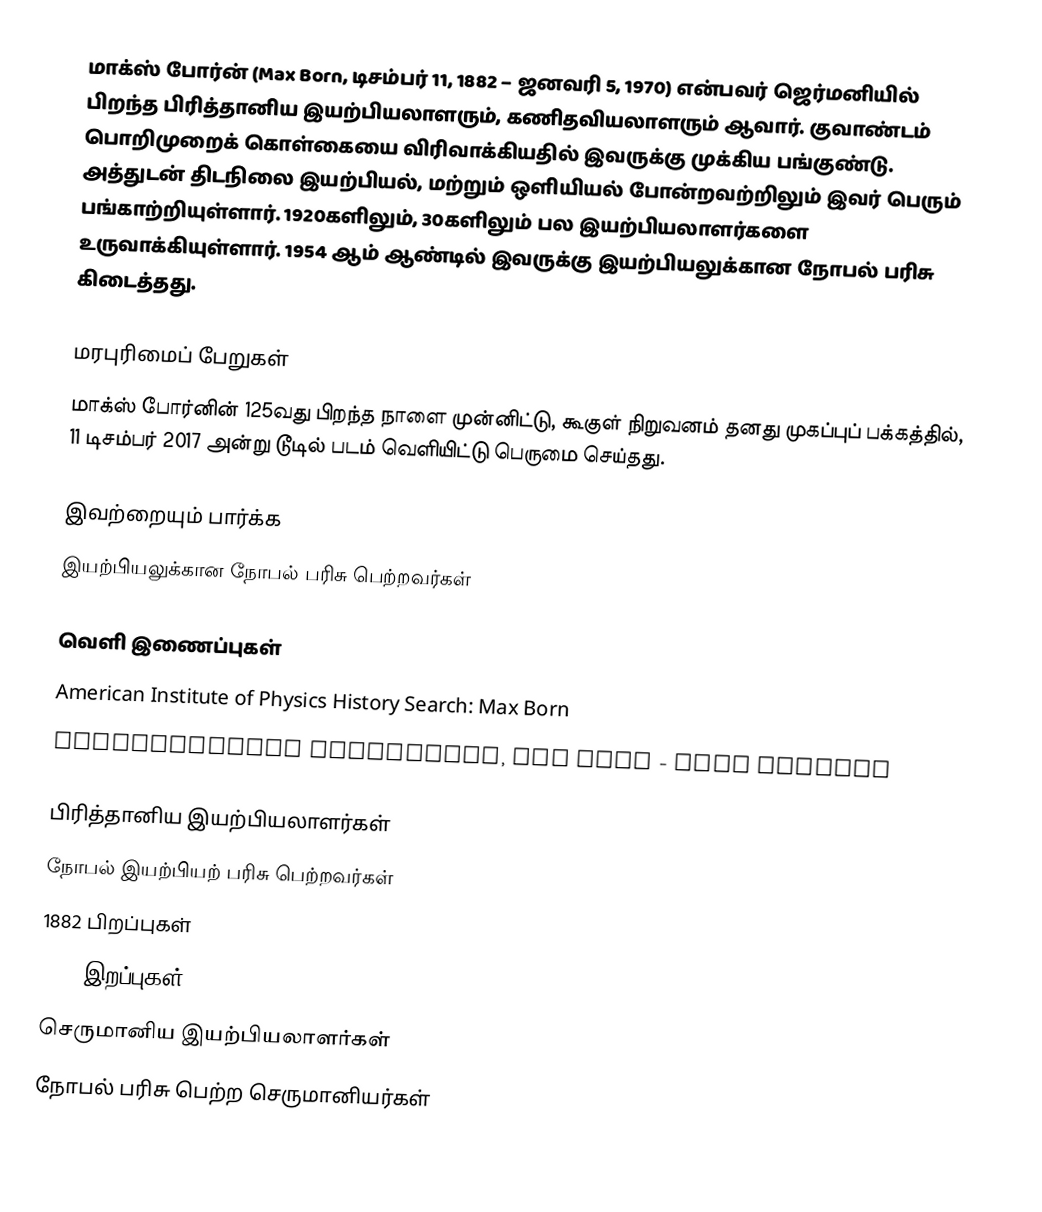
மாக்ஸ் போர்ன் (Max Born, டிசம்பர் 11, 1882 – ஜனவரி 5, 1970) என்பவர் ஜெர்மனியில் பிறந்த பிரித்தானிய இயற்பியலாளரும், கணிதவியலாளரும் ஆவார். குவாண்டம் பொறிமுறைக் கொள்கையை விரிவாக்கியதில் இவருக்கு முக்கிய பங்குண்டு. அத்துடன் திடநிலை இயற்பியல், மற்றும் ஒளியியல் போன்றவற்றிலும் இவர் பெரும் பங்காற்றியுள்ளார். 1920களிலும், 30களிலும் பல இயற்பியலாளர்களை உருவாக்கியுள்ளார். 1954 ஆம் ஆண்டில் இவருக்கு இயற்பியலுக்கான நோபல் பரிசு கிடைத்தது.

மரபுரிமைப் பேறுகள்
 மாக்ஸ் போர்னின் 125வது பிறந்த நாளை முன்னிட்டு, கூகுள் நிறுவனம் தனது முகப்புப் பக்கத்தில், 11 டிசம்பர் 2017 அன்று டூடில் படம் வெளியிட்டு பெருமை செய்தது.

இவற்றையும் பார்க்க
 இயற்பியலுக்கான நோபல் பரிசு பெற்றவர்கள்

வெளி இணைப்புகள்
 American Institute of Physics History Search: Max Born
 Encyclopaedia Britannica, Max Born - full article

பிரித்தானிய இயற்பியலாளர்கள்
நோபல் இயற்பியற் பரிசு பெற்றவர்கள்
1882 பிறப்புகள்
1970 இறப்புகள்
செருமானிய இயற்பியலாளர்கள்
நோபல் பரிசு பெற்ற செருமானியர்கள்